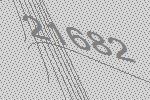
21682